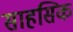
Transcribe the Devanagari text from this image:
साहसिक